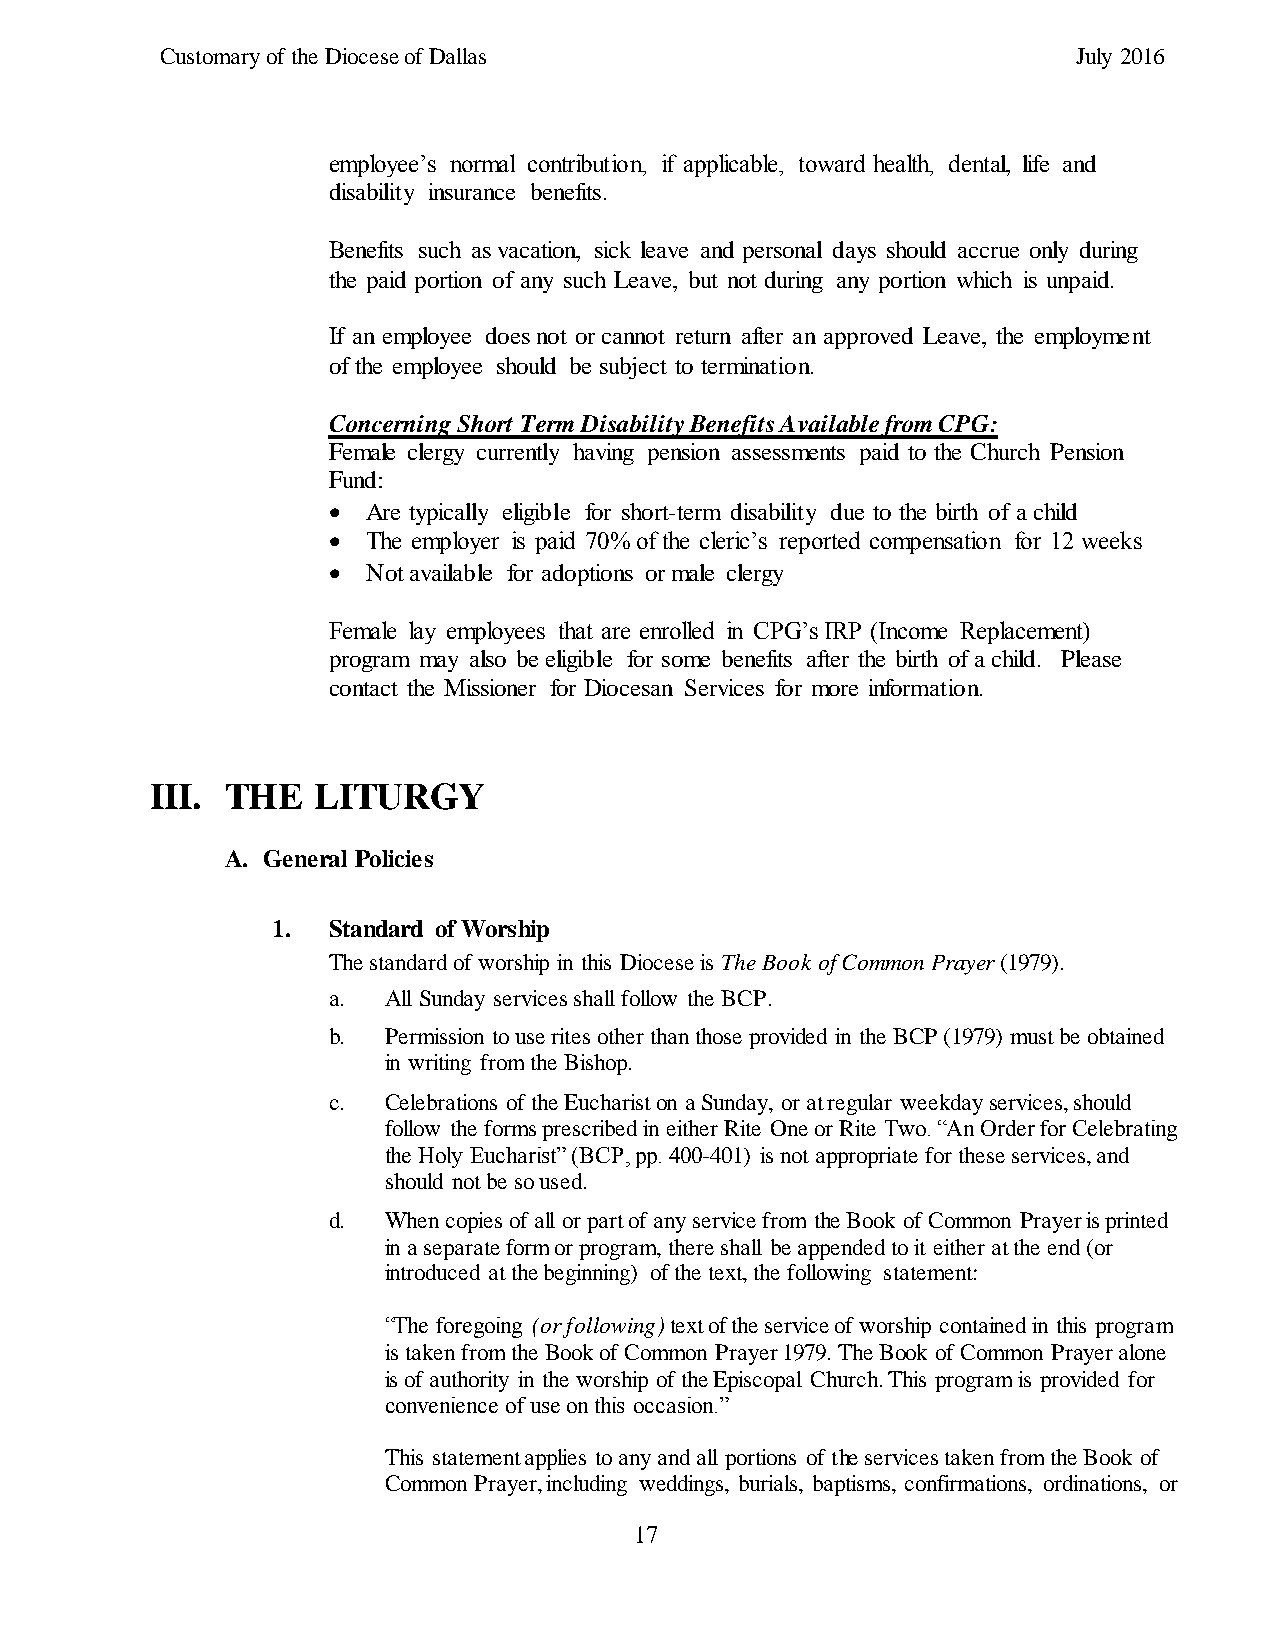
Customary of the Diocese of Dallas                          July 2016
 employee’s normal contribution, if applicable, toward health, dental, life and
 disability insurance benefits.
 Benefits such as vacation, sick leave and personal days should accrue only during
 the paid portion of any such Leave, but not during any portion which is unpaid.
 If an employee does not or cannot return after an approved Leave, the employment
 of the employee should be subject to termination.
 Concerning Short Term Disability Benefits Available from CPG:
 Female clergy currently having pension assessments paid to the Church Pension
 Fund:
  Are typically eligible for short-term disability due to the birth of a child
  The employer is paid 70% of the cleric’s reported compensation for 12 weeks
  Not available for adoptions or male clergy
 Female lay employees that are enrolled in CPG’s IRP (Income Replacement)
 program may also be eligible for some benefits after the birth of a child. Please
 contact the Missioner for Diocesan Services for more information.
 III. THE   LITURGY
 A. General Policies
 1.  Standard of Worship
 The standard of worship in this Diocese is The Book of Common Prayer (1979).
 a. All Sunday services shall follow the BCP.
 b. Permission to use rites other than those provided in the BCP (1979) must be obtained
 in writing from the Bishop.
 c. Celebrations of the Eucharist on a Sunday, or at regular weekday services, should
 follow the forms prescribed in either Rite One or Rite Two. “An Order for Celebrating
 the Holy Eucharist” (BCP, pp. 400-401) is not appropriate for these services, and
 should not be so used.
 d. When copies of all or part of any service from the Book of Common Prayer is printed
 in a separate form or program, there shall be appended to it either at the end (or
 introduced at the beginning) of the text, the following statement:
 “The foregoing (or following) text of the service of worship contained in this program
 is taken from the Book of Common Prayer 1979. The Book of Common Prayer alone
 is of authority in the worship of the Episcopal Church. This program is provided for
 convenience of use on this occasion.”
 This statement applies to any and all portions of the services taken from the Book of
 Common Prayer, including weddings, burials, baptisms, confirmations, ordinations, or
 17